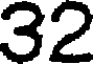
32